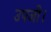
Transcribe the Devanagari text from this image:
उपजी।